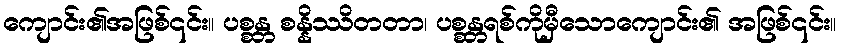
ကျောင်း၏အဖြစ်၎င်း။ ပစ္စန္တ စန္နိဿိတတာ၊ ပစ္စန္တရစ်ကိုမှီသောကျောင်း၏ အဖြစ်၎င်း။